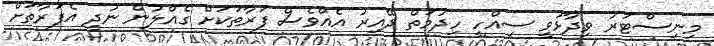
މިނިސްޓަރު ވިދާޅުވީ ސިއްހީ ހިދުމަތް ދޭއިރު އެއްވެސް ފަރާތަކަށް ގެއްލުން ނުދީ އެފަރާތަށް